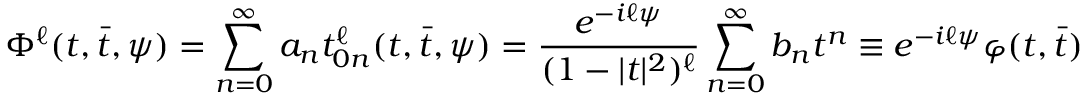
\Phi ^ { \ell } ( t , \bar { t } , \psi ) = \sum _ { n = 0 } ^ { \infty } a _ { n } t _ { 0 n } ^ { \ell } ( t , \bar { t } , \psi ) = \frac { e ^ { - i \ell \psi } } { ( 1 - | t | ^ { 2 } ) ^ { \ell } } \sum _ { n = 0 } ^ { \infty } b _ { n } t ^ { n } \equiv e ^ { - i \ell \psi } \varphi ( t , \bar { t } ) \,